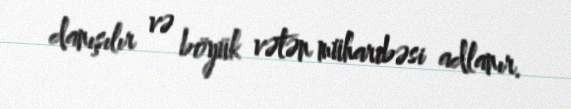
danışılır və böyük vətən müharibəsi adlanır.